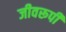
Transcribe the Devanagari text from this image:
जीवरूपी